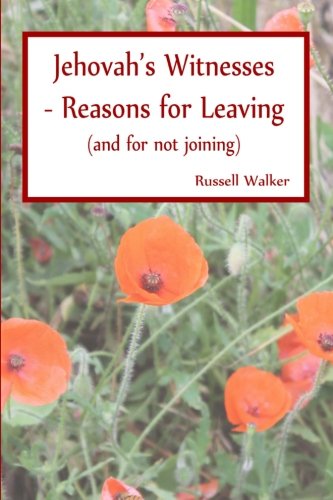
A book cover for Jehovah's Witnesses - Reasons for Leaving: (and for not joining); Russell Walker; Christian Books & Bibles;